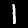
Label: 1